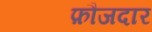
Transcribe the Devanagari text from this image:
फ़ौजदार